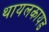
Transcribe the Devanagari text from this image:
थायलकायड